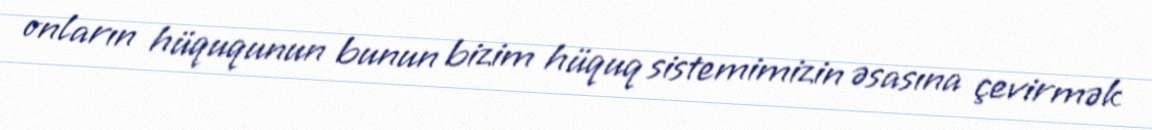
onların hüququnun bunun bizim hüquq sistemimizin əsasına çevirmək